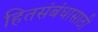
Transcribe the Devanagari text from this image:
हितसंबंधासाठी